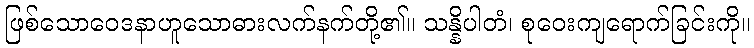
ဖြစ်သောဝေဒနာဟူသောဓားလက်နက်တို့၏။ သန္နိပါတံ၊ စုဝေးကျရောက်ခြင်းကို။